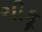
ચીકૂ